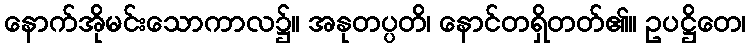
နောက်အိုမင်းသောကာလ၌။ အနုတပ္ပတိ၊ နောင်တရှိတတ်၏။ ဥပဋ္ဌိတေ၊